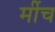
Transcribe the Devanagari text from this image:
मींच